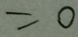
= 0